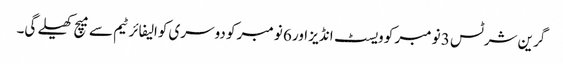
گرین شرٹس 3 نومبر کو ویسٹ انڈیز اور 6 نومبر کو دوسری کوالیفائر ٹیم سے میچ کھیلے گی۔